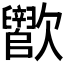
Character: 𬅵